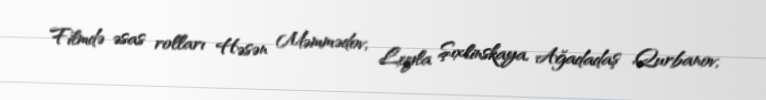
Filmdə əsas rolları Həsən Məmmədov, Leyla Şıxlinskaya, Ağadadaş Qurbanov,